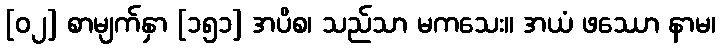
[၀၂] စာမျက်နှာ [၁၅၁] အပိစ၊ သည်သာ မကသေး။ အယံ ဖဿော နာမ၊